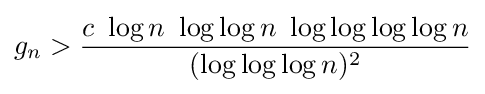
g_{n}>{\frac {c\ \log n\ \log \log n\ \log \log \log \log n}{(\log \log \log n)^{2}}}